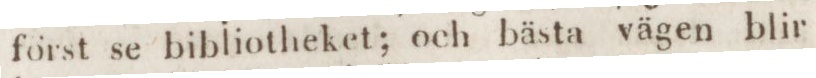
först se bibliotheket; och bästa vägen blir